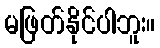
မဖြတ်နိုင်ပါဘူး။